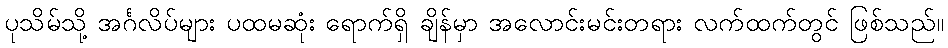
ပုသိမ်သို့ အင်္ဂလိပ်များ ပထမဆုံး ရောက်ရှိ ချိန်မှာ အလောင်းမင်းတရား လက်ထက်တွင် ဖြစ်သည်။